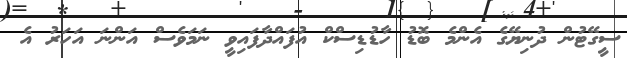
ސީގޭޓުން ދުނިޔޭގެ އެންމެ ބޮޑު ހާޑުޑިސްކް އުފައްދާފައިވީ ނަމަވެސް އަންނަ އަހަރު އެ